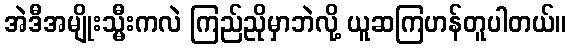
အဲဒီအမျိုးသ္မီးကလဲ ကြည်ညိုမှာဘဲလို့ ယူဆကြဟန်တူပါတယ်။